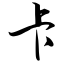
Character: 卡